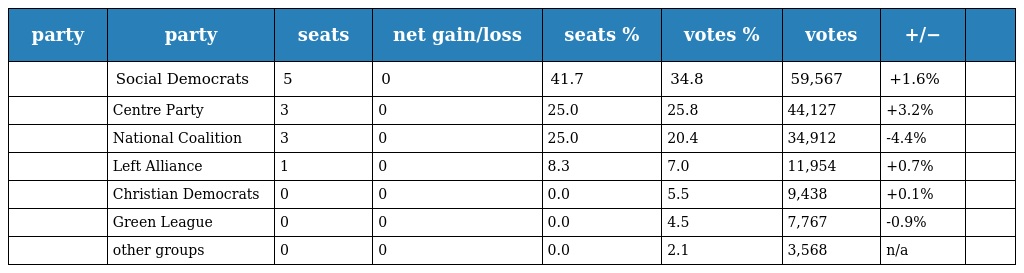
| party | party | seats | net gain/loss | seats % | votes % | votes | +/− |  |
 | --- | --- | --- | --- | --- | --- | --- | --- | --- |
 |  | Social Democrats | 5 | 0 | 41.7 | 34.8 | 59,567 | +1.6% |  |
 |  | Centre Party | 3 | 0 | 25.0 | 25.8 | 44,127 | +3.2% |  |
 |  | National Coalition | 3 | 0 | 25.0 | 20.4 | 34,912 | -4.4% |  |
 |  | Left Alliance | 1 | 0 | 8.3 | 7.0 | 11,954 | +0.7% |  |
 |  | Christian Democrats | 0 | 0 | 0.0 | 5.5 | 9,438 | +0.1% |  |
 |  | Green League | 0 | 0 | 0.0 | 4.5 | 7,767 | -0.9% |  |
 |  | other groups | 0 | 0 | 0.0 | 2.1 | 3,568 | n/a |  |